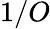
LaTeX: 1/O